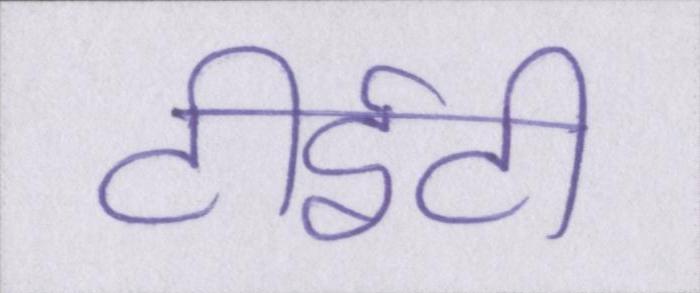
टीईटी